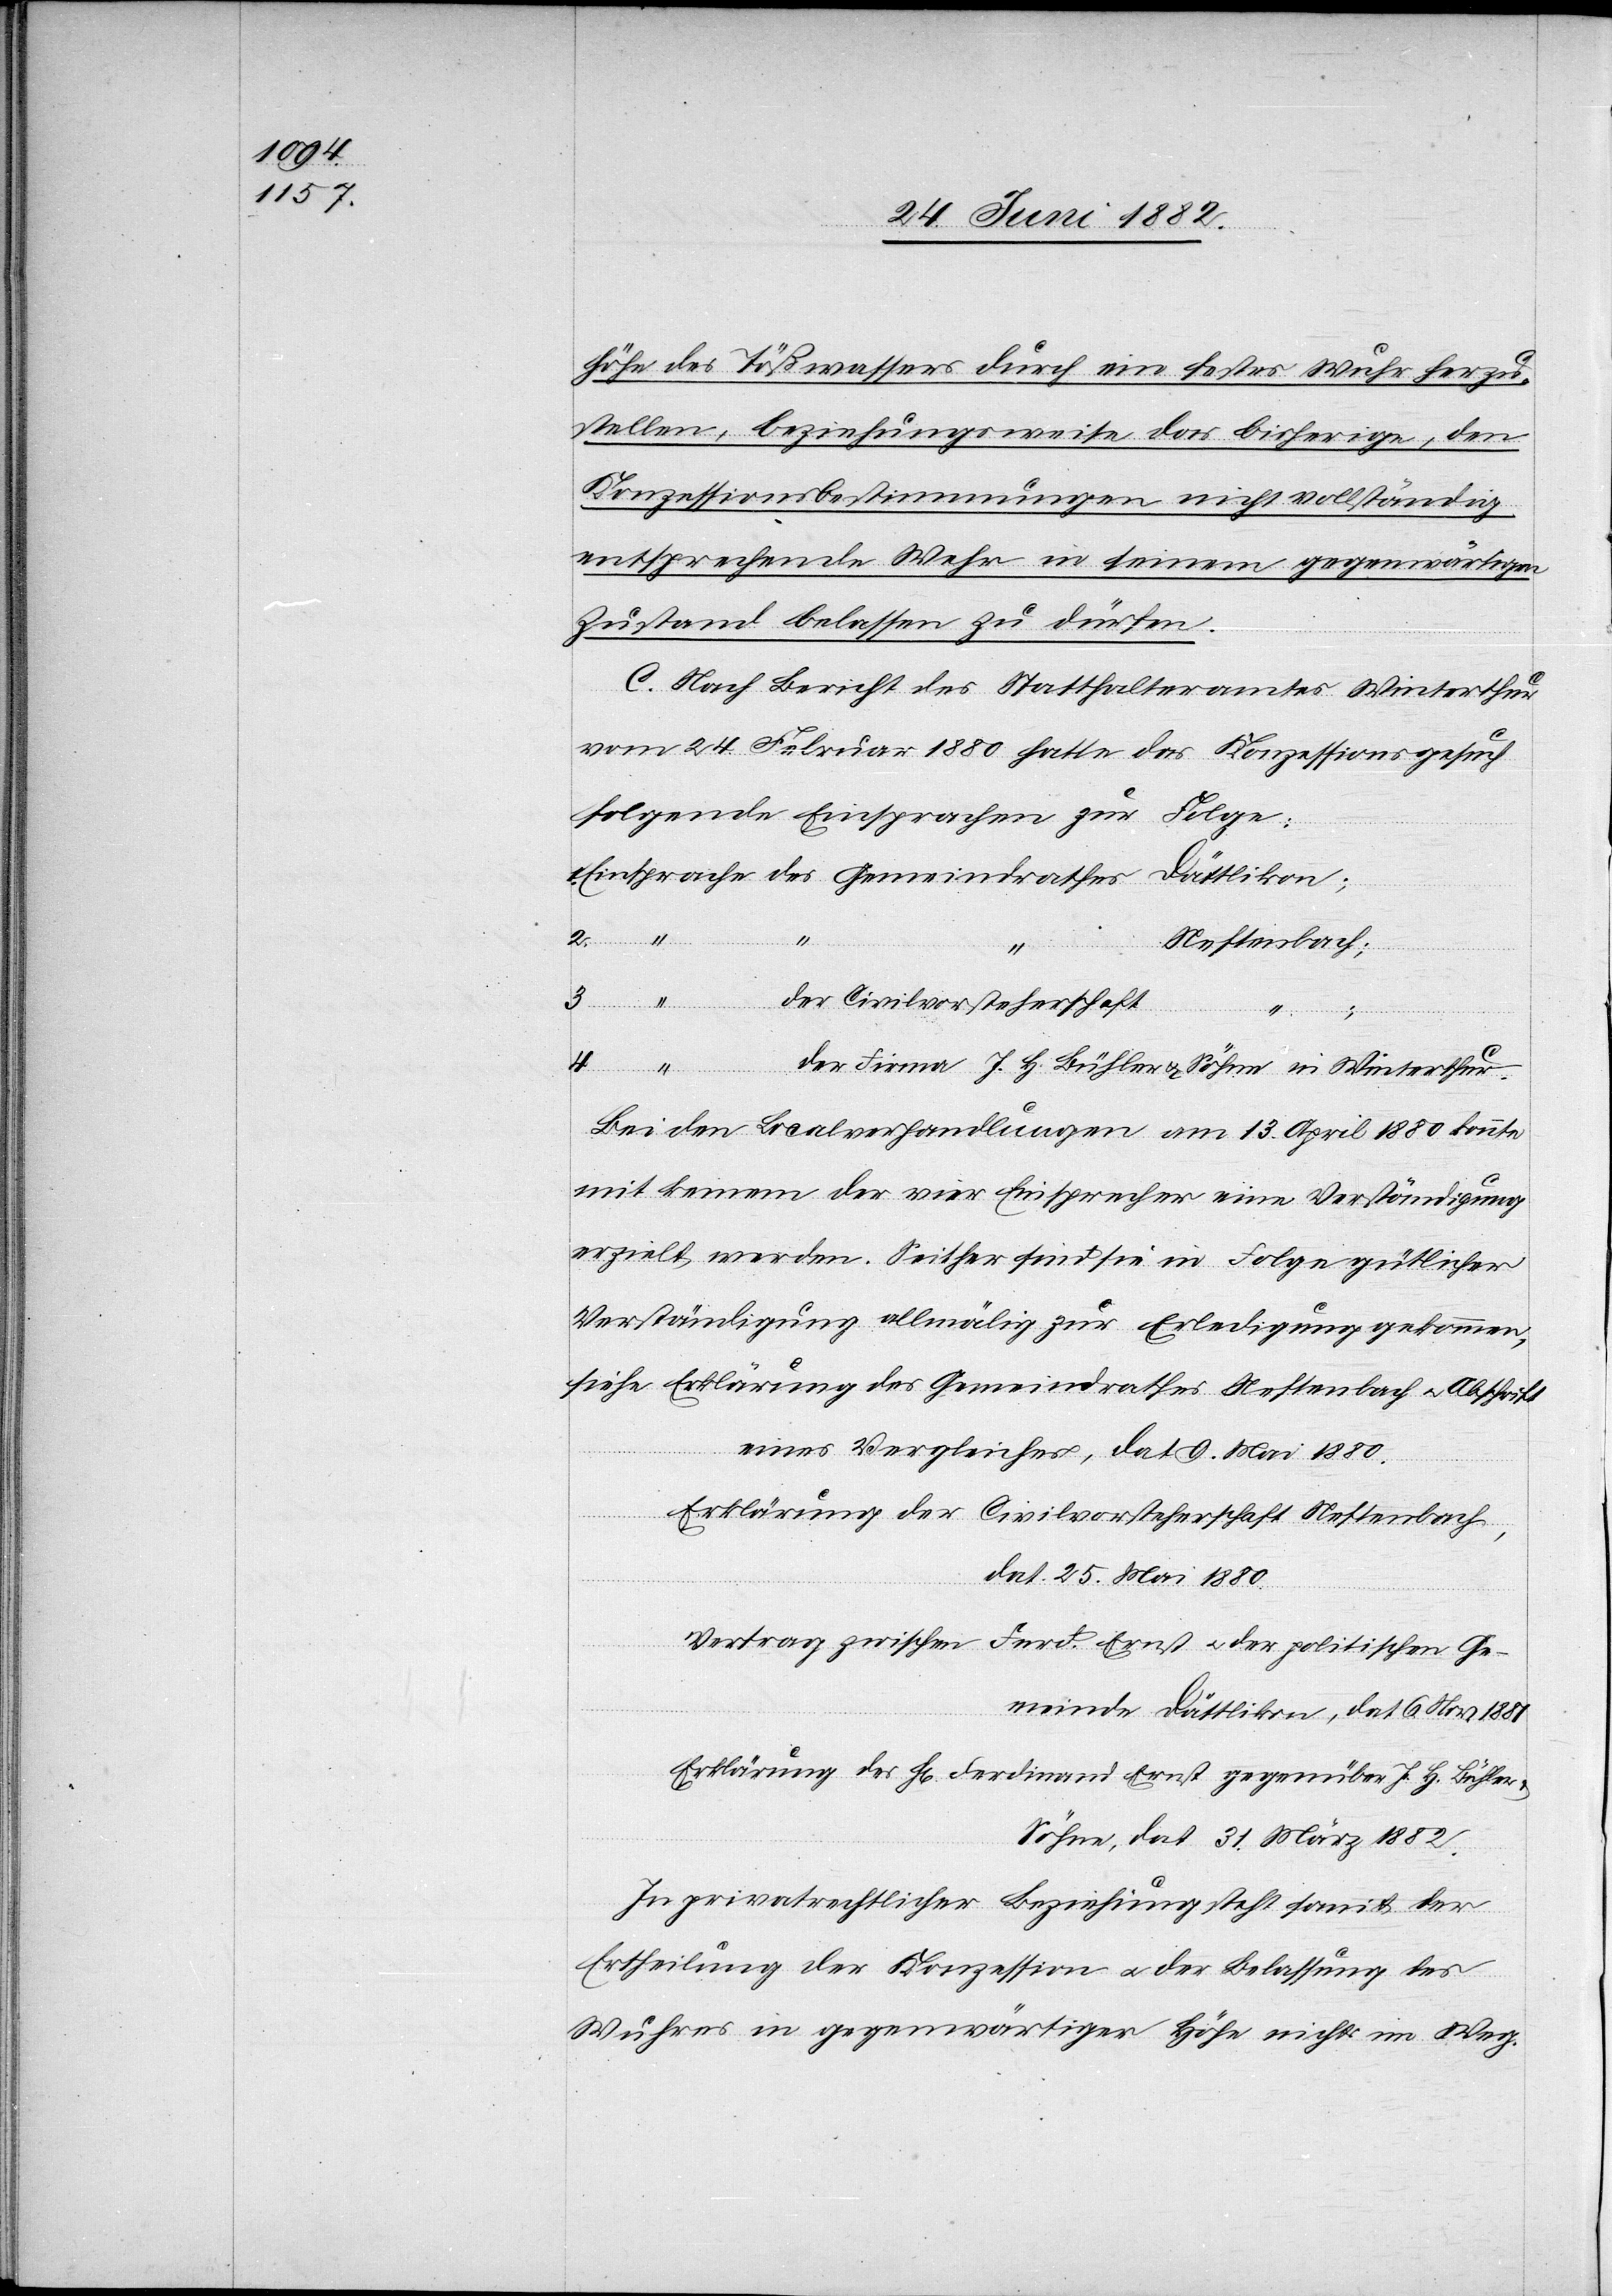
höhe des Tößwassers durch ein festes Wuhr herzu¬
stellen, beziehungsweise das bisherige, den
Konzessionsbedingungen nicht vollständig
entsprechende Wehr in seinem gegenwärtigen
Zustand belassen zu dürfen.
C. Nach Bericht des Statthalteramtes Winterthur
vom 24. Februar 1880 hatte das Konzessionsgesuch
folgende Einsprachen zur Folge:
2.
der
4.
Neftenbach;
3.
Civilvorsteherschaft
siehe
der Firma J. H. Bühler & Söhne in Winterthur.
Bei den Localverhandlungen am 13. April 1880 konnte
mit keinem der vier Einsprecher eine Verständigung
erzielt werden. Seither sind sie in Folge gütlicher
Verständigungen allmälig zur Erledigung gekommen,
Erklärung des Gemeindrathes Neftenbach u. Abschrift
eines Vergleiches, dat. 9. Mai 1880.
Erklärung der Civilvorsteherschaft Neftenbach,
dat. 25. Mai 1880
Vertrag zwischen Ferd. Ernst u. der politischen Ge¬
meinde Dättlikon, dat. 6. Nov. 1881
Erklärung des H[rn]. Ferdinand Ernst gegenüber J. H. Bühler
Söhne, dat. 31. März 1882.
In privatrechtlicher Beziehung steht somit der
Ertheilung der Konzession u. der Belassung des
Wuhres in gegenwärtiger Höhe nichts im Weg.